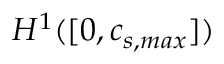
H ^ { 1 } ( [ 0 , c _ { s , m a x } ] )